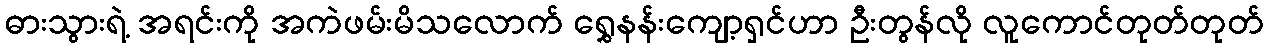
ဓားသွားရဲ့ အရင်းကို အကဲဖမ်းမိသလောက် ရွှေနန်းကျော့ရှင်ဟာ ဦးတွန်လို လူကောင်တုတ်တုတ်